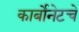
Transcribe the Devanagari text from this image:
कार्बोनेटचे